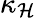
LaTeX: \kappa_{\mathcal{H}}